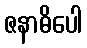
ဇနာဓိပေါ